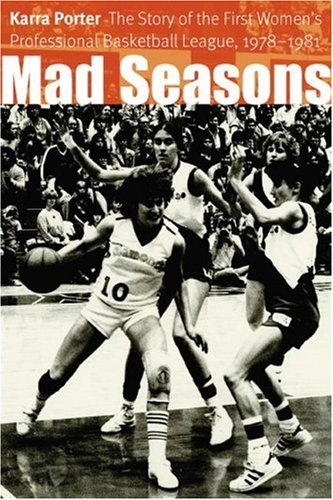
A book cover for Mad Seasons: The Story of the First Women's Professional Basketball League, 1978-1981; Karra Porter; Sports & Outdoors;